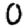
Digit: 0